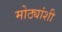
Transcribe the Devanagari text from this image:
मोठ्यांशी